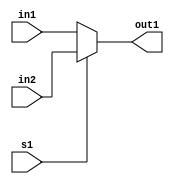
`timescale 1ns / 1ps

module lab4(in1,in2,s1,out1);

input[7:0] in1,in2;
input s1;
output[7:0] out1;


assign out1 = s1 ? in2:in1;
//ya da assign out1 = (~s1 && in1 ) || (s1 && in2);

endmodule